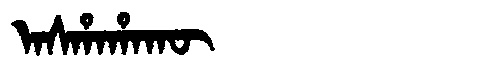
Manchu: ᠠᠰᡥᠠᡥᠠᡴᡡ
Romanization: ASHAHAKŪ